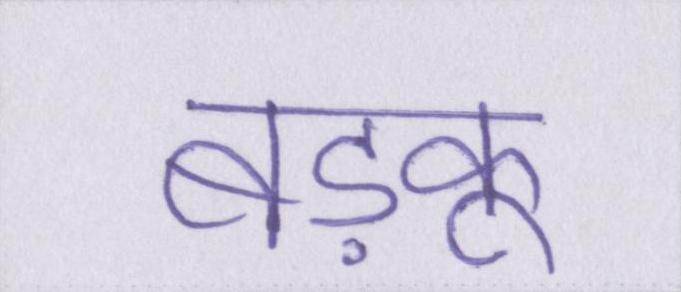
बड़कू